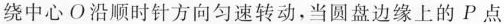
绕中心O沿顺时针方向匀速转动，当圆盘边缘上的P点